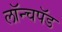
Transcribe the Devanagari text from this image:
लॉन्चपॅड